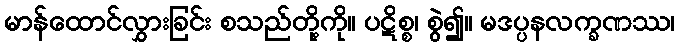
မာန်ထောင်လွှားခြင်း စသည်တို့ကို။ ပဋိစ္စ၊ စွဲ၍။ မဒပ္ပနလက္ခဏဿ၊